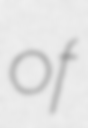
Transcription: of